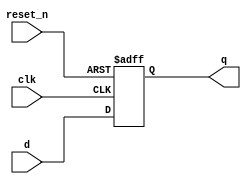
module _dff_r(clk, reset_n, d, q);
	input clk, reset_n, d;
	output reg q;
	
	always @ (posedge clk or negedge reset_n) begin
	
	if (reset_n == 0)
		q <= 1'b0;
	else
		q <= d;
	
	end
	
endmodule